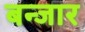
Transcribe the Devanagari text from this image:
बन्जार